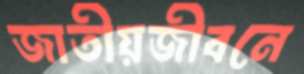
জাতীয়জীবনে